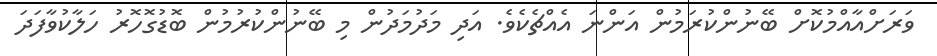
ވަރަށްއާއްމުކޮށް ބޭނުންކުރަމުން އަންނަ އެއްޗެކެވެ. އަދި މަދުމަދުން މި ބޭނުންކުރުމުން ބޮޑުގޮހޮރު ހަލާކުވާފަދަ